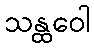
သန္ထဝေါ